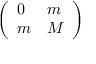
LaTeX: \left( \begin{array} { l l } { { 0 } } & { { m } } \\ { { m } } & { { M } } \end{array} \right)